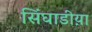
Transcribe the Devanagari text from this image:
सिंघाडीय़ा